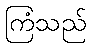
ကြံသည်